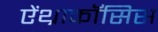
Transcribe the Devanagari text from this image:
ऐंथ्राकॉसिस